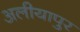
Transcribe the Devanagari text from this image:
अलीयापुर